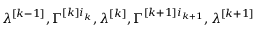
\lambda ^ { [ k - 1 ] } , \Gamma ^ { [ k ] i _ { k } } , \lambda ^ { [ k ] } , \Gamma ^ { [ k + 1 ] i _ { k + 1 } } , \lambda ^ { [ k + 1 ] }